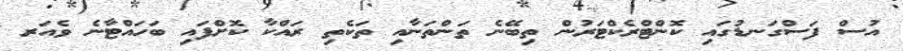
އުސް ފަސްގަނޑުގައި ކޮންޓްރެކްޓަރުން ތިބޭނެ ތަންތަނާއި ތަކެތި ރައްކާ ކޮށްފައި ބަހައްޓާނެ ވެއަރ